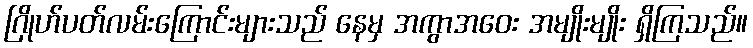
ဂြိုဟ်ပတ်လမ်းကြောင်းများသည် နေမှ အကွာအဝေး အမျိုးမျိုး ရှိကြသည်။